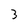
Character: 3